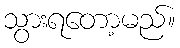
သွားရတော့မည်။